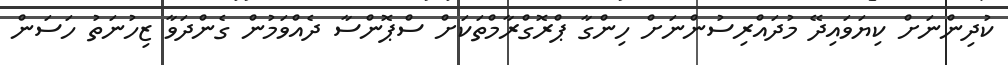
ކުދިންނަށް ކިޔަވައިދޭ މުދައްރިސުންނަށް ހިންގާ ޕްރޮގްރާމްތަކަށް ސްޕޮންސާ ދެއްވަމުން ގެންދަވާ ޒިހުނަތު ހަސަން